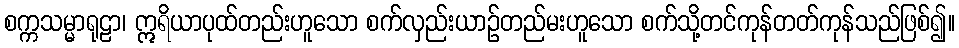
စက္ကသမ္မာရုဠာ၊ ဣရိယာပုထ်တည်းဟူသော စက်လှည်းယာဉ်တည်မးဟူသော စက်သို့တင်ကုန်တတ်ကုန်သည်ဖြစ်၍။